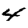
Digit: 4